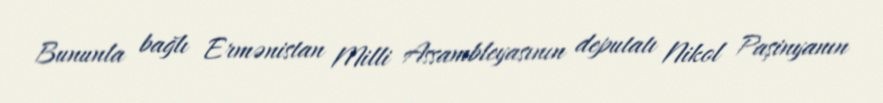
Bununla bağlı Ermənistan Milli Assambleyasının deputatı Nikol Paşinyanın